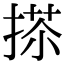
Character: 𢰀